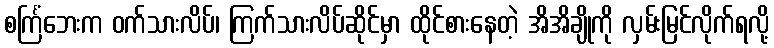
စင်္ကြံဘေးက ဝက်သားလိပ်၊ ကြက်သားလိပ်ဆိုင်မှာ ထိုင်စားနေတဲ့ အိအိချိုကို လှမ်းမြင်လိုက်ရလို့